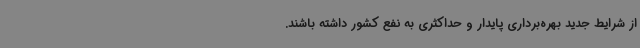
از شرایط جدید بهره‌برداری پایدار و حداکثری به نفع کشور داشته باشند.